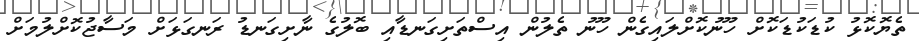
ތެޔޮކޮޅު ކުޑަކުޑަކޮށް ހޫނުކޮށްލައިގެން ހޫނު ތެލުން އިސްތަށިގަނޑާއި ބޮލުގެ ނާށިގަނޑު ރަނގަޅަށް މަސާޖުކޮށްލުމަށް